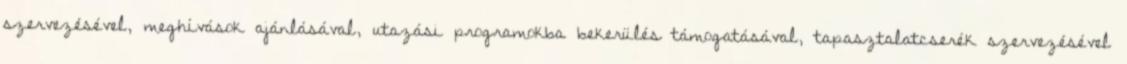
szervezésével, meghívások ajánlásával, utazási programokba bekerülés támogatásával, tapasztalatcserék szervezésével